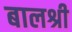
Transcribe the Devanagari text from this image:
बालश्री